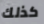
كذلك